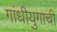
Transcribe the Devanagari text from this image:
गांधीयुगाची